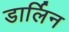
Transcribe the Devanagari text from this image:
डार्लिन